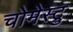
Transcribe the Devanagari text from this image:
चोमेस्ट्रु